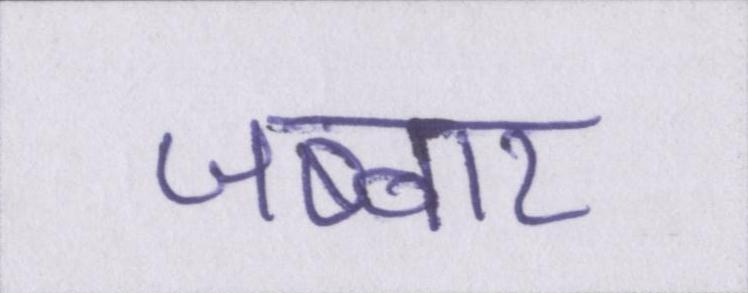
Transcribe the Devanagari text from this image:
जब्बार